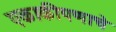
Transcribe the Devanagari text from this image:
एकाकीपणाचे